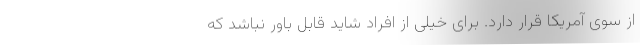
از سوی آمریکا قرار دارد. برای خیلی از افراد شاید قابل باور نباشد که